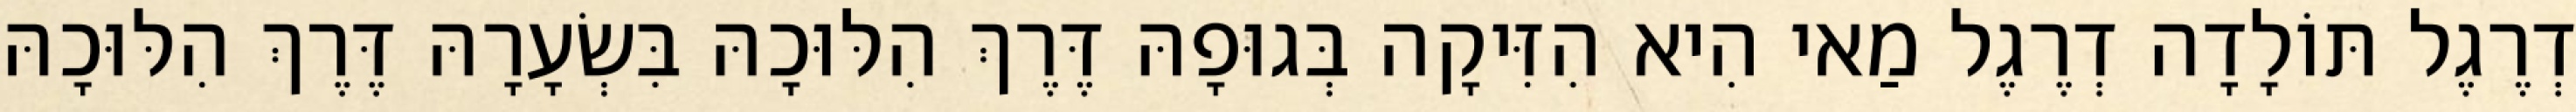
דְרֶגֶל תּוֹלָדָה דְרֶגֶל מַאי הִיא הִזִּיקָה בְּגוּפָהּ דֶּרֶךְ הִלּוּכָהּ בִּשְׂעָרָהּ דֶּרֶךְ הִלּוּכָהּ